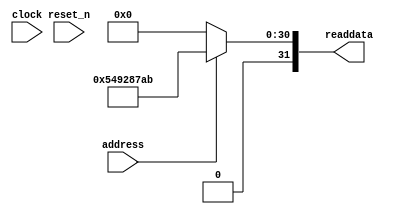
module DE0_NANO_SOC_QSYS_sysid_qsys (
                address,
                clock,
                reset_n,
                readdata
             )
;
  output  [ 31: 0] readdata;
  input            address;
  input            clock;
  input            reset_n;
  wire    [ 31: 0] readdata;
  assign readdata = address ? 1418889131 : 0;
endmodule